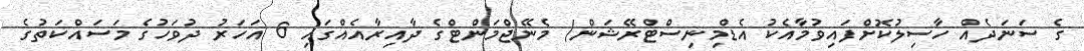
ގެ ސަނަދެއް ހާސިލުކޮށްފައިވުމާއެކު އެޑްމިނިސްޓްރޭޝަން/ މެނޭޖްމަންޓްގެ ދާއިރާއެއްގައި 6 އަހަރު ދުވަހުގެ މަސައްކަތުގެ